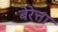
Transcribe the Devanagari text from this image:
बेरेत्ता